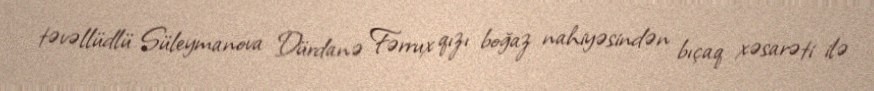
təvəllüdlü Süleymanova Dürdanə Fərrux qızı boğaz nahiyəsindən bıçaq xəsarəti ilə